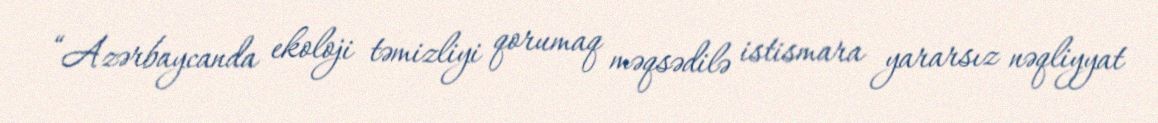
“Azərbaycanda ekoloji təmizliyi qorumaq məqsədilə istismara yararsız nəqliyyat